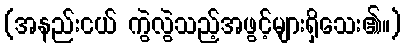
(အနည်းငယ် ကွဲလွဲသည့်အဖွင့်များရှိသေး၏။)